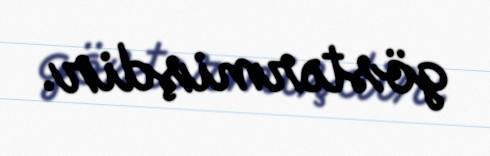
göstərmişdir.